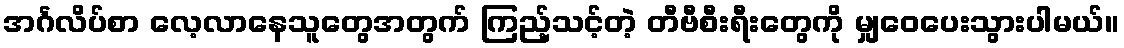
အင်္ဂလိပ်စာ လေ့လာနေသူတွေအတွက် ကြည့်သင့်တဲ့ တီဗီစီးရီးတွေကို မျှဝေပေးသွားပါမယ်။